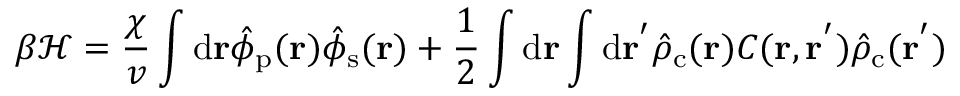
{ \beta } \mathcal { H } = \frac { \chi } { v } \int \mathrm { d } { \mathbf { r } } \hat { \phi } _ { \mathrm { p } } ( \mathbf { r } ) \hat { \phi } _ { \mathrm { s } } ( \mathbf { r } ) + \frac { 1 } { 2 } \int \mathrm { d } { \mathbf { r } } \int \mathrm { d } { \mathbf { r ^ { ' } } } \hat { \rho } _ { \mathrm { c } } ( \mathbf { r } ) C ( \mathbf { r } , \mathbf { r ^ { ' } } ) \hat { \rho } _ { \mathrm { c } } ( \mathbf { r } ^ { ' } )